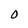
Character: 0